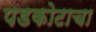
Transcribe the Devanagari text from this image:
पडकोटाचा